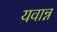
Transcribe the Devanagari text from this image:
यवान्न